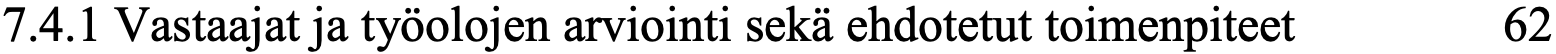
7.4.1 Vastaajat ja työolojen arviointi sekä ehdotetut toimenpiteet 62